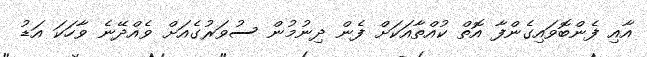
އާއި ފެންބޮވައިގެންފާ އޮތް ކުއްތާއަކަށް ފެން ދިނުމުން ސުވަރުގެއަށް ވެއްދޭނެ ވާހަކަ އަޑު